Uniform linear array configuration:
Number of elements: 12
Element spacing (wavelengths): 0.25
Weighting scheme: cosine
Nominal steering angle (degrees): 30
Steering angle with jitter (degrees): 30.86
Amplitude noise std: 0.05
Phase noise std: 0.05

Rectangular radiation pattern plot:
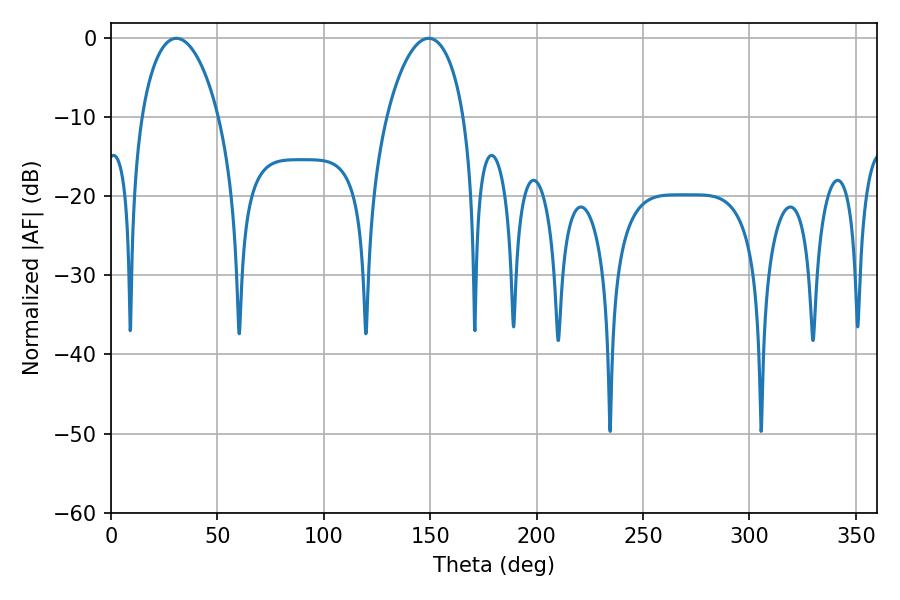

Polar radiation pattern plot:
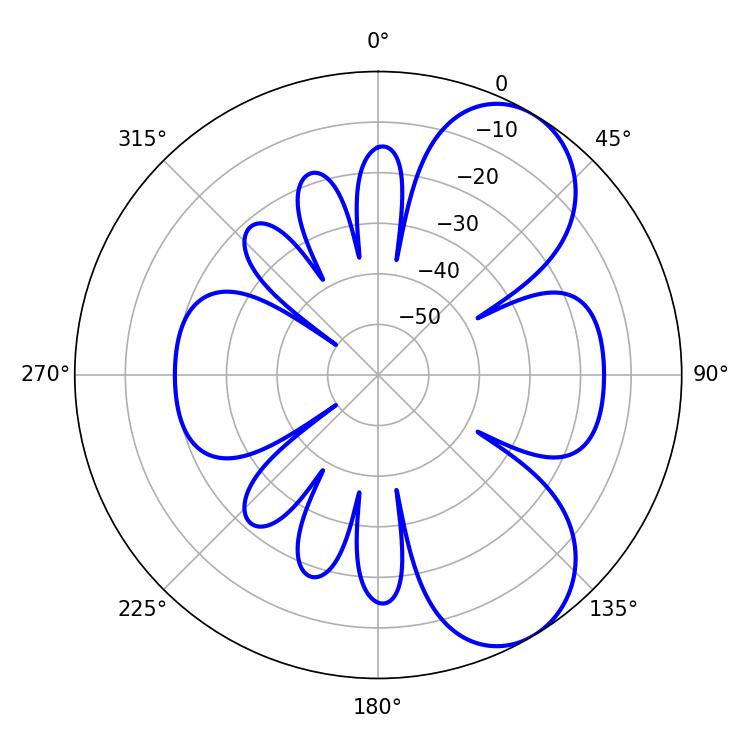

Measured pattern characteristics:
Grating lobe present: FALSE
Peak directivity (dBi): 6.986
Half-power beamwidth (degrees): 20.52
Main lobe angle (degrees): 30.78